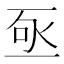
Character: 𬼿